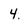
Character: 4